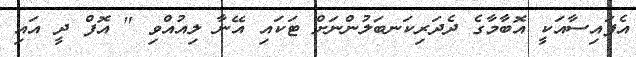
އެފައިސާއަކީ އޮބާމާގެ ދެދަރިކަނބަލުންނަށް ޓަކައި އޭނާ ލިއުއްވި " އޮފް ދީ އައި